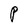
Character: P